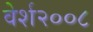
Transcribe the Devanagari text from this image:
वेर्श२००८